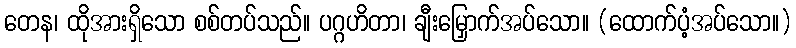
တေန၊ ထိုအားရှိသော စစ်တပ်သည်။ ပဂ္ဂဟိတာ၊ ချီးမြှောက်အပ်သော။ (ထောက်ပံ့အပ်သော။)